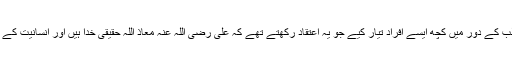
حتی کہ خلیفہ چہارم علی بن ابی طالب کے دور میں کچھ ایسے افراد تیار کیے جو یہ اعتقاد رکھتے تھے کہ علی رضی اللہ عنہ معاذ اللہ حقیقی خدا ہیں اور انسانیت کے روپ میں زمین پر جلوہ افروز ہیں ۔